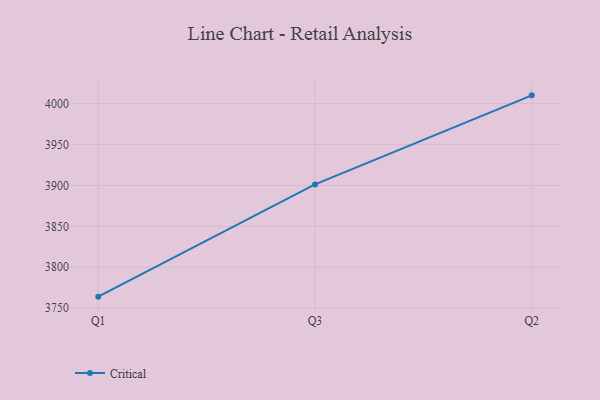
{"axis": {"x": "Quarter", "y": "Conversion Rate (%)"}, "legend": ["Critical"], "data": [{"x": "Q1", "y": 3764.0, "type": "Critical"}, {"x": "Q3", "y": 3901.2, "type": "Critical"}, {"x": "Q2", "y": 4010.1, "type": "Critical"}]}